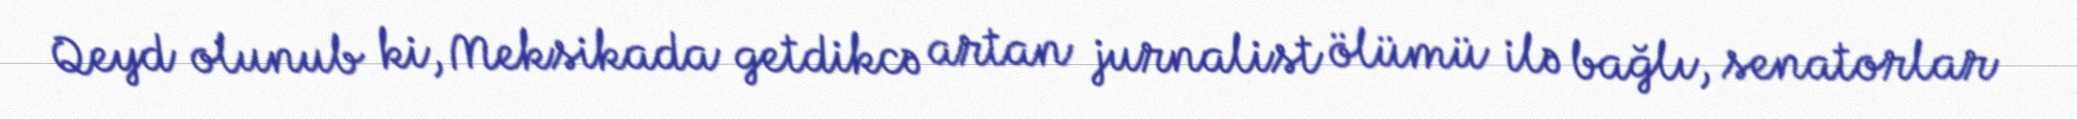
Qeyd olunub ki, Meksikada getdikcə artan jurnalist ölümü ilə bağlı, senatorlar